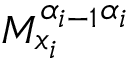
M _ { x _ { i } } ^ { \alpha _ { i - 1 } \alpha _ { i } }